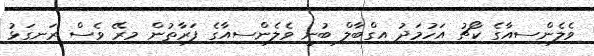
ވެލެންސިއާގެ ކޯޗު އަހުމަދު އިގްބާލް ބުނީ ވެލެންސިއާގެ ފަރާތުން މިރޭ ވެސް ރަނގަޅު